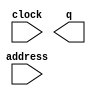
module COCO3GEN (
	address,
	clock,
	q);

	input	[10:0]  address;
	input	  clock;
	output	[7:0]  q;
`ifndef ALTERA_RESERVED_QIS
// synopsys translate_off
`endif
	tri1	  clock;
`ifndef ALTERA_RESERVED_QIS
// synopsys translate_on
`endif

endmodule